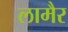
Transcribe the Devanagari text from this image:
लामैर